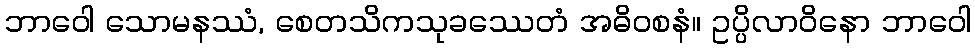
ဘာဝေါ သောမနဿံ, စေတသိကသုခဿေတံ အဓိဝစနံ။ ဥပ္ပိလာဝိနော ဘာဝေါ